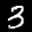
Label: 3